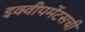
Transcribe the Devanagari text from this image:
इक्वीपमेंटसची